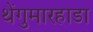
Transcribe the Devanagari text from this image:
थेंगुमारहाडा